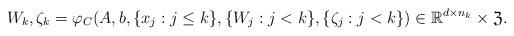
LaTeX: \begin{align*} W_k, \zeta_k = \varphi_C(A, b, \lbrace x_j : j \leq k \rbrace, \lbrace W_j : j < k \rbrace, \lbrace \zeta_j : j < k \rbrace) \in \mathbb{R}^{d \times n_k} \times \mathfrak{Z}.\end{align*}